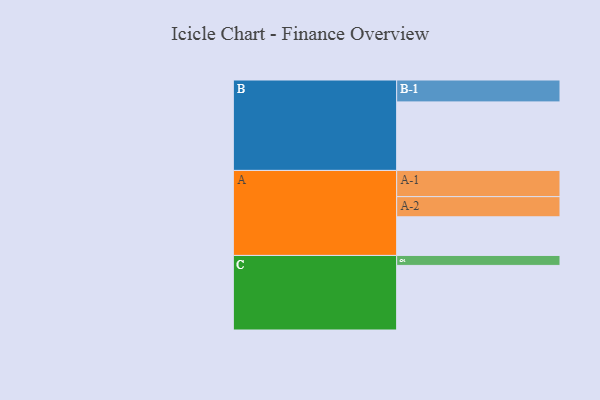
{"axis": {"x": "Segment", "y": "Value"}, "legend": ["", "A", "B", "C"], "data": [{"x": "A", "y": 314, "type": ""}, {"x": "B", "y": 557, "type": ""}, {"x": "C", "y": 525, "type": ""}, {"x": "A-1", "y": 213, "type": "A"}, {"x": "A-2", "y": 164, "type": "A"}, {"x": "B-1", "y": 178, "type": "B"}, {"x": "C-1", "y": 81, "type": "C"}]}